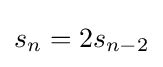
s_{n}=2s_{n-2}